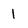
Character: 1